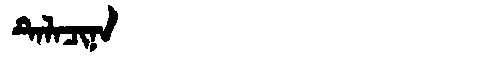
Manchu: ᡨᡝᠯᠠᠴᡳᠨᠠ
Romanization: TELACINA